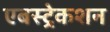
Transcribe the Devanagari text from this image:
एबस्ट्रेकशन